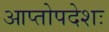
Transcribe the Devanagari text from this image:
आप्तोपदेशः